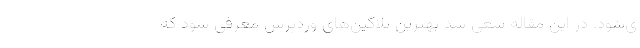
ی‌شود. در این مقاله سعی شد بهترین پلاگین‌های وردپرس معرفی شود که